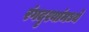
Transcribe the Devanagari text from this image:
रंगदृश्यांमध्ये